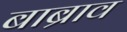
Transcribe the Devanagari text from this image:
बाब्राव